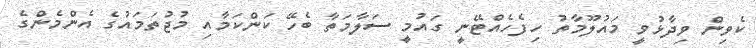
ކެވިން ވިދާޅުވީ މައުލޫމާތު ހިފެހެއްޓޭނީ ގައުމީ ސަލާމަތާ ބެހޭ ކަންކަމާއި މުޖުތަމައުގެ އެންމެންގެ